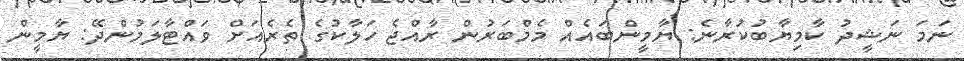
ނަމަ ނަޝީދު ކާމިޔާބުކުރާނެ: ޔާމީންބައެއް މެމްބަރުން ރާއްޖެ ހަލާކުގެ ތެރެއަށް ވައްޓާލަމުންދޭ: ޔާމީން